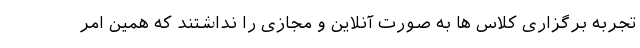
تجربه برگزاری کلاس ها به صورت آنلاین و مجازی را نداشتند که همین امر